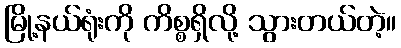
မြို့နယ်ရုံးကို ကိစ္စရှိလို့ သွားတယ်တဲ့။